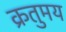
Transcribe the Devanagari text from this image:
क्रतुमय